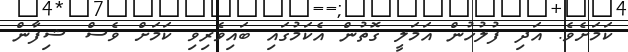
ކަމަށެވެ. އަދި ފުލުހުން އަމަލީ ގޮތުން އެކަމުގައި ބައިވެރިވި ކަމަށް ވެސް ޝިފާން